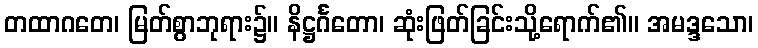
တထာဂတေ၊ မြတ်စွာဘုရား၌။ နိဋ္ဌင်္ဂတော၊ ဆုံးဖြတ်ခြင်းသို့ရောက်၏။ အမဒ္ဒသော၊